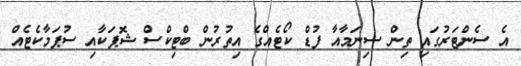
އެ ސެންޓަރުގައި ތިން ސިނަމާއާ ފުޑް ކޯޓެއްގެ އިތުރުން ބްޓިކްސް ޝޮޕަކާއި ސުޕަމާކެޓެއް